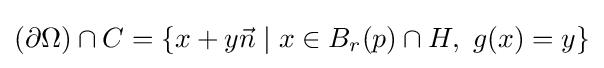
(\partial \Omega )\cap C=\left\{x+y{\vec {n}}\mid x\in B_{r}(p)\cap H,\ g(x)=y\right\}